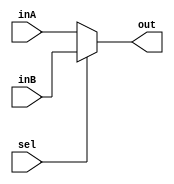
`timescale 1ns / 1ps

////////////////////////////////////////////////////////////////////////////////
// ECE369 - Computer Architecture
// 
// Module - Mux32Bit2To1.v
// Description - Performs signal multiplexing between 2 32-Bit words.
////////////////////////////////////////////////////////////////////////////////

module Mux1Bit2To1 (
    out,
    inA,
    inB,
    sel
);

  output reg out;

  input inA;
  input inB;
  input sel;

  always @(*) begin
    if (sel) begin
      out <= inB;
    end else begin
      out <= inA;
    end
  end

endmodule